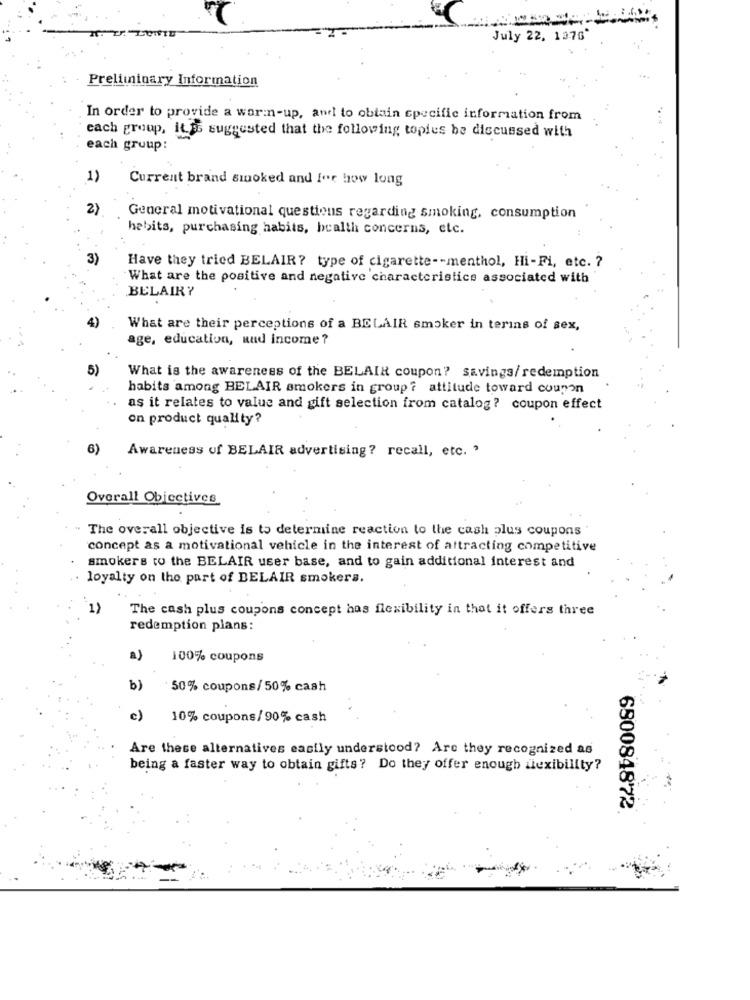
July 22, 1376"
Preliminary Information
In order to provide a warm-up, andl to obtain specific information from
each group, it is suggested that the following toples be discussed with
each group:
1)
Current brand smoked and for how long
2)
General motivational questions regarding smoking, consumption
habits, purchasing habits, health concerns, etc.
3)
Have they tried BELAIR? type of cigarette -- menthol, Hi-Fi, etc. ?
What are the positive and negative characteristics associated with
BELAIRY
What are their perceptions of a BELAIR smoker in terins of sex,
age, education, aud income ?
5)
What is the awareness of the BELAIR coupon? savings/redemption
habits among BELAIR smokers in group ? attitude toward coupon
as it relates to value and gift selection from catalog? coupon effect
on product quality?
6)
Awareness of BELAIR advertising? recall, etc. '
Overall Objectives
" The overall objective is to determine reaction to the cash plus coupons
concept as a motivational vehicle in the interest of attracting competitive
smokers to the BELAIR user base, and to gain additional interest and
loyalty on the part of BELAIR smokers.
1)
The cash plus coupons concept has flexibility in that it offers three
redemption plans:
a)
100% coupons
b)
50% coupons/ 50% cash
c)
10% coupons/90% cash
Are these alternatives easily understood? Are they recognized as
being a faster way to obtain gifts? Do they offer enough flexibility?
680084872